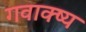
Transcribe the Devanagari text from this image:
गवाक्ष्य